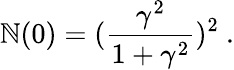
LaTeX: \mathbb{N}(0)=(\frac{{\gamma^{2}}}{{1+\gamma^{2}}})^{2}\ .